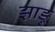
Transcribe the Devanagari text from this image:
झाड़ु